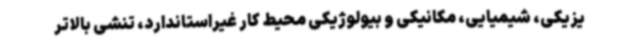
یزیکی، شیمیایی، مکانیکی و بیولوژیکی محیط کار غیراستاندارد، تنشی بالاتر